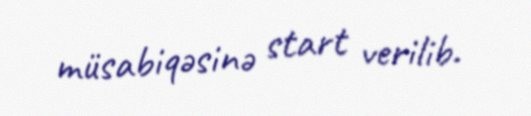
müsabiqəsinə start verilib.